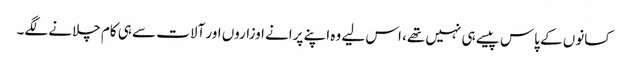
کسانوں کے پاس پیسے ہی نہیں تھے، اس لیے وہ اپنے پرانے اوزاروں اور آلات سے ہی کام چلانے لگے۔